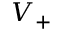
V _ { + }